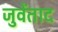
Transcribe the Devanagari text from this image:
जुवेंताद